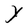
Character: Y